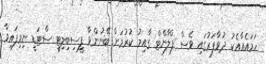
ހަމައެއާއެކު ދުވާފަރުގައި ވެސް ޕްލާންޓް ގާއިމު ކުރުމަށް ބޭނުންވާ ފީސިބިލިޓީ ސްޓަޑީ ނިމިފައިވާ